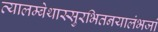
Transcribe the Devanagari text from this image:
व्यालम्बेथास्सुरभितनयालंभजां